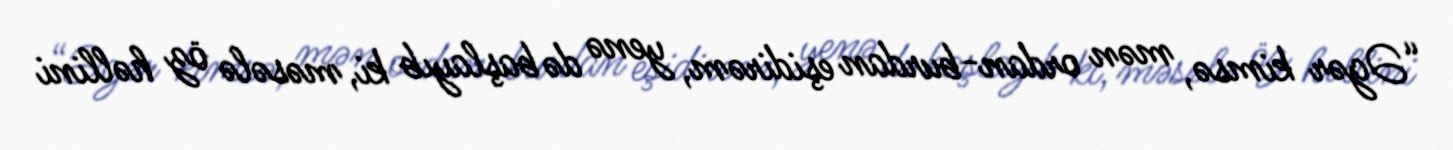
“Əgər kimsə, mən ordan-burdan eşidirəm, yenə də başlayıb ki, məsələ öz həllini